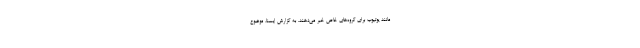
مانند یوتیوب برای گروه‌های خاص خبر می‌دهند. به گزارش ایسنا، موضوع